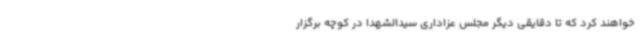
خواهند کرد که تا دقایقی دیگر مجلس عزاداری سیدالشهدا در کوچه برگزار